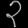
Digit: ၃